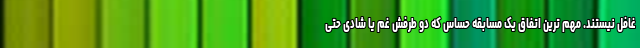
غافل نیستند. مهم ترین اتفاق یک مسابقه حساس که دو طرفش غم یا شادی حتی